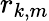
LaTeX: r_{k,m}